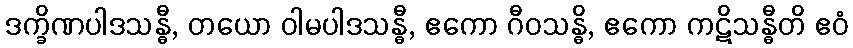
ဒက္ခိဏပါဒသန္ဓီ, တယော ဝါမပါဒသန္ဓီ, ဧကော ဂီဝသန္ဓိ, ဧကော ကဋိသန္ဓီတိ ဧဝံ